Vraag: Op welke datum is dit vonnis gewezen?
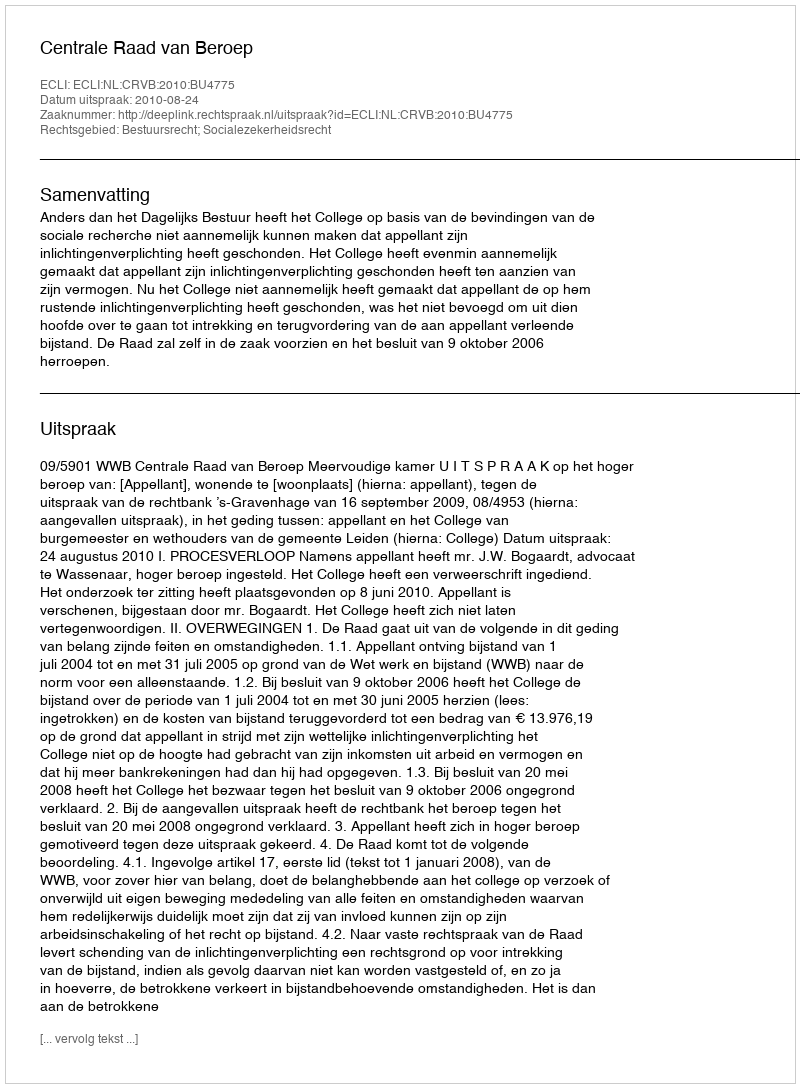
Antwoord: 2010-08-24